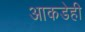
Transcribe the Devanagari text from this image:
आकडेही